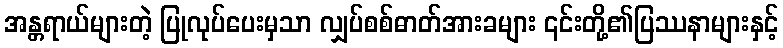
အန္တရာယ်များတဲ့ ပြုလုပ်ပေးမှသာ လျှပ်စစ်ဓာတ်အားခများ ၎င်းတို့၏ပြဿနာများနှင့်